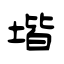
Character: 堦